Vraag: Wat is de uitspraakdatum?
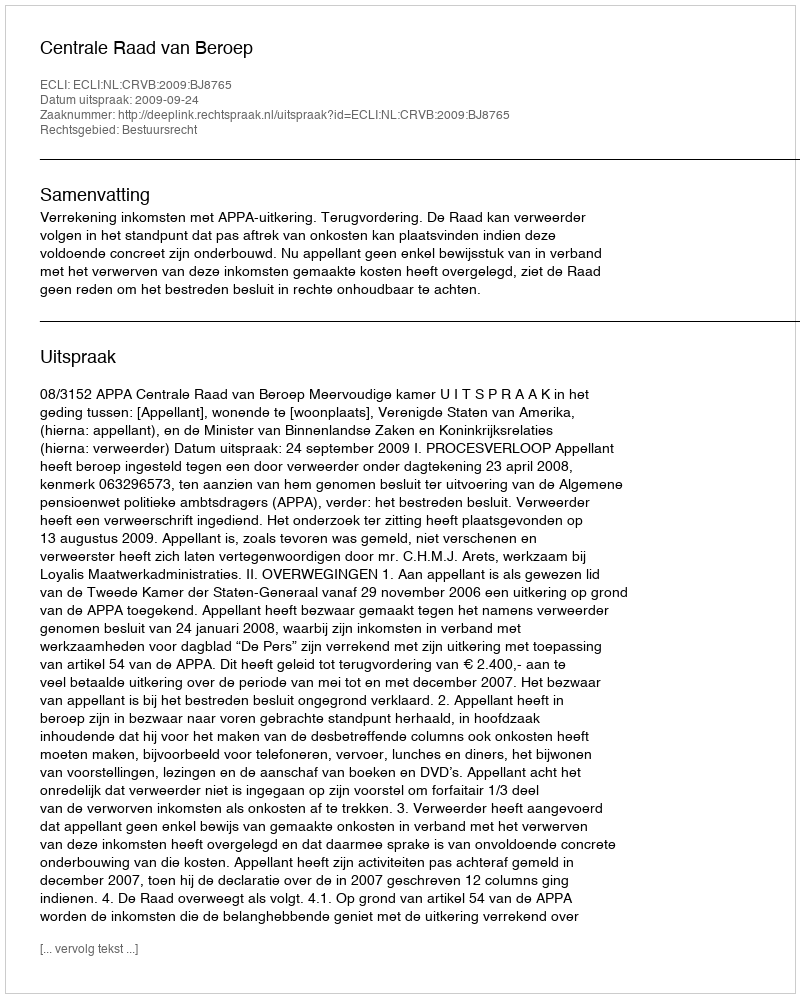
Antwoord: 2009-09-24